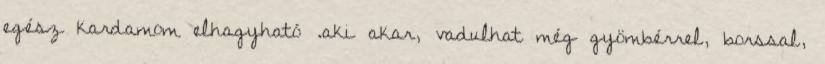
egész kardamom elhagyható .aki akar, vadulhat még gyömbérrel, borssal,